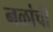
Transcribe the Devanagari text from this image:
नळांची